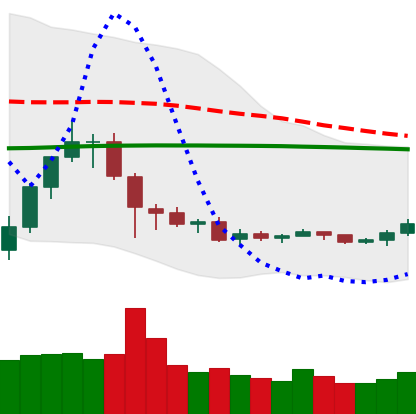
Ticker: TRX-USD
Chart end date: 2019-08-05
Forward return: -11.37%
Label: down_7plus